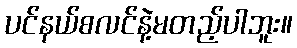
ပင်နယ်စလင်နဲ့မတည့်ပါဘူး။